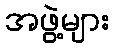
အဖွဲ့များ